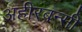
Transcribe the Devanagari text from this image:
अहीरबन्सी